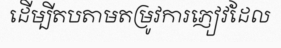
ដើម្បីតបតាមតម្រូវការភ្ញៀវដែល